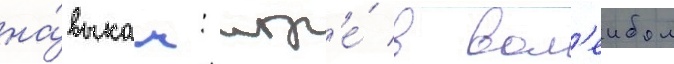
на́выкам: игр'е́ в вол'еибол